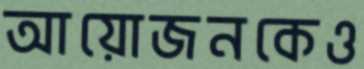
আয়োজনকেও